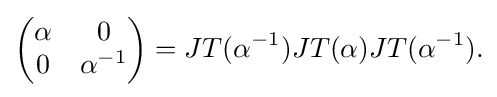
\displaystyle {{\begin{pmatrix}\alpha &0\\0&\alpha ^{-1}\end{pmatrix}}=JT(\alpha ^{-1})JT(\alpha )JT(\alpha ^{-1}).}